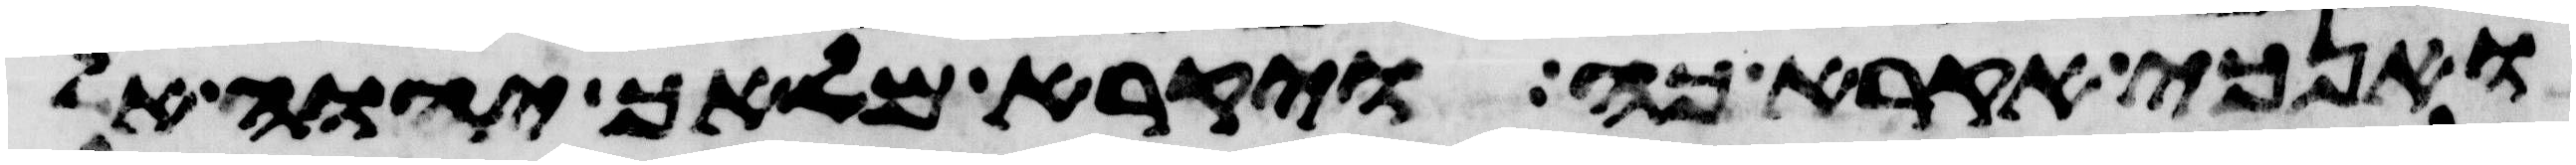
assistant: ואנכי אקרא כה ויקרא מלאך יהוה אל